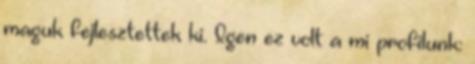
maguk fejlesztettek ki. Igen ez volt a mi profilunk: